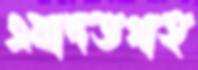
এবাদতগাহ